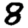
Digit: 8